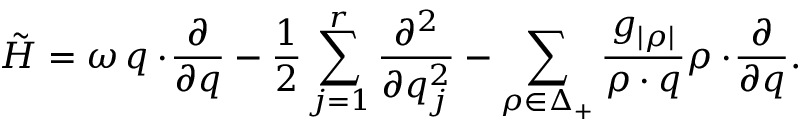
\tilde { \cal H } = \omega \, q \cdot \! { \frac { \partial } { \partial q } } - { \frac { 1 } { 2 } } \sum _ { j = 1 } ^ { r } { \frac { \partial ^ { 2 } } { \partial q _ { j } ^ { 2 } } } - \sum _ { \rho \in \Delta _ { + } } { \frac { g _ { | \rho | } } { \rho \cdot q } } \rho \cdot \! { \frac { \partial } { \partial q } } .